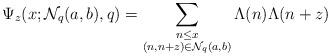
LaTeX: \begin{align*}\Psi_z(x;\mathcal{N}_q(a,b),q)=\sum \limits_{\substack{n\leq x\\(n,n+z)\in \mathcal{N}_q(a,b)}}\Lambda(n)\Lambda(n+z)\end{align*}